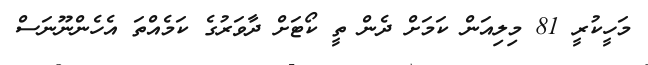
މަހީކުރީ 81 މިލިއަން ކަމަށް ދެން ތީ ކޯޓަށް ދާވަރުގެ ކަމެއްތަ އެހެންނޫނަސް